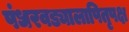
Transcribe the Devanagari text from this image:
पंधरवड्यालापितृपक्ष